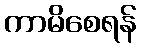
ကာမိစေရန်